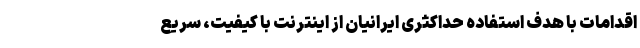
اقدامات با هدف استفاده حداکثری ایرانیان از اینترنت با کیفیت، سریع